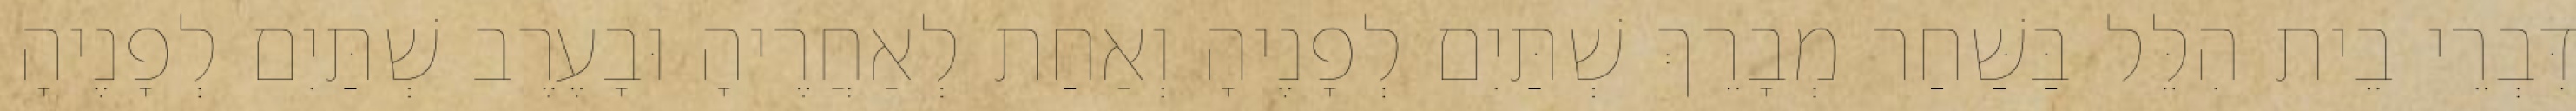
דִּבְרֵי בֵית הִלֵּל בַּשַּׁחַר מְבָרֵךְ שְׁתַּיִם לְפָנֶיהָ וְאַחַת לְאַחֲרֶיהָ וּבָעֶרֶב שְׁתַּיִם לְפָנֶיהָ